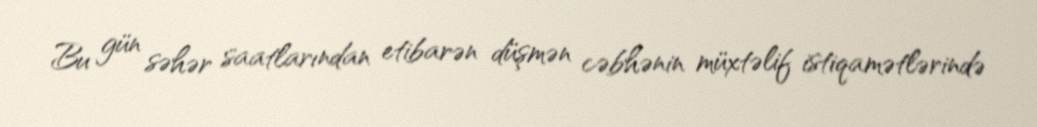
Bu gün səhər saatlarından etibarən düşmən cəbhənin müxtəlif istiqamətlərində